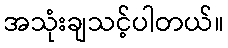
အသုံးချသင့်ပါတယ်။